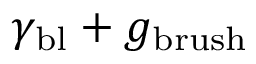
\gamma _ { \mathrm { b l } } + g _ { \mathrm { b r u s h } }